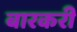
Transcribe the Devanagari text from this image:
बारकरी